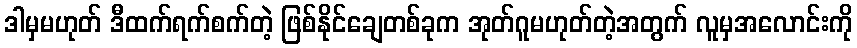
ဒါမှမဟုတ် ဒီထက်ရက်စက်တဲ့ ဖြစ်နိုင်ချေတစ်ခုက အုတ်ဂူမဟုတ်တဲ့အတွက် လူမှအလောင်းကို